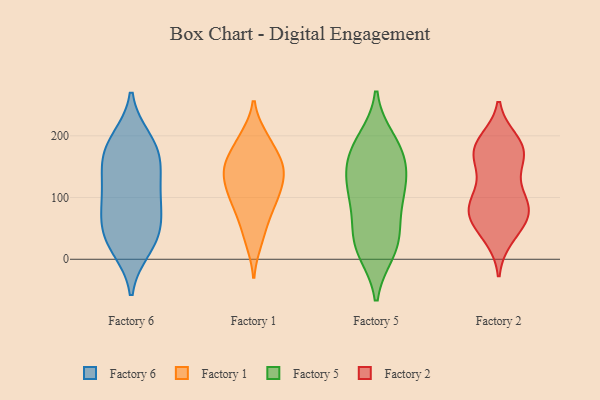
{"axis": {"x": "LTV (USD)", "y": "Value"}, "legend": ["Factory 1", "Factory 2", "Factory 5", "Factory 6"], "data": [{"x": "", "y": 57, "type": "Factory 6"}, {"x": "", "y": 150, "type": "Factory 6"}, {"x": "", "y": 18, "type": "Factory 6"}, {"x": "", "y": 104, "type": "Factory 6"}, {"x": "", "y": 114, "type": "Factory 6"}, {"x": "", "y": 91, "type": "Factory 6"}, {"x": "", "y": 146, "type": "Factory 6"}, {"x": "", "y": 81, "type": "Factory 6"}, {"x": "", "y": 188, "type": "Factory 6"}, {"x": "", "y": 23, "type": "Factory 6"}, {"x": "", "y": 45, "type": "Factory 6"}, {"x": "", "y": 38, "type": "Factory 6"}, {"x": "", "y": 163, "type": "Factory 6"}, {"x": "", "y": 181, "type": "Factory 6"}, {"x": "", "y": 194, "type": "Factory 6"}, {"x": "", "y": 111, "type": "Factory 1"}, {"x": "", "y": 199, "type": "Factory 1"}, {"x": "", "y": 108, "type": "Factory 1"}, {"x": "", "y": 144, "type": "Factory 1"}, {"x": "", "y": 27, "type": "Factory 1"}, {"x": "", "y": 153, "type": "Factory 1"}, {"x": "", "y": 151, "type": "Factory 1"}, {"x": "", "y": 163, "type": "Factory 1"}, {"x": "", "y": 58, "type": "Factory 1"}, {"x": "", "y": 79, "type": "Factory 1"}, {"x": "", "y": 136, "type": "Factory 1"}, {"x": "", "y": 100, "type": "Factory 1"}, {"x": "", "y": 194, "type": "Factory 1"}, {"x": "", "y": 108, "type": "Factory 5"}, {"x": "", "y": 172, "type": "Factory 5"}, {"x": "", "y": 12, "type": "Factory 5"}, {"x": "", "y": 193, "type": "Factory 5"}, {"x": "", "y": 158, "type": "Factory 5"}, {"x": "", "y": 51, "type": "Factory 5"}, {"x": "", "y": 131, "type": "Factory 5"}, {"x": "", "y": 27, "type": "Factory 5"}, {"x": "", "y": 187, "type": "Factory 5"}, {"x": "", "y": 89, "type": "Factory 5"}, {"x": "", "y": 163, "type": "Factory 5"}, {"x": "", "y": 12, "type": "Factory 5"}, {"x": "", "y": 39, "type": "Factory 5"}, {"x": "", "y": 107, "type": "Factory 5"}, {"x": "", "y": 121, "type": "Factory 5"}, {"x": "", "y": 108, "type": "Factory 2"}, {"x": "", "y": 38, "type": "Factory 2"}, {"x": "", "y": 35, "type": "Factory 2"}, {"x": "", "y": 180, "type": "Factory 2"}, {"x": "", "y": 181, "type": "Factory 2"}, {"x": "", "y": 155, "type": "Factory 2"}, {"x": "", "y": 83, "type": "Factory 2"}, {"x": "", "y": 67, "type": "Factory 2"}, {"x": "", "y": 192, "type": "Factory 2"}, {"x": "", "y": 59, "type": "Factory 2"}, {"x": "", "y": 90, "type": "Factory 2"}, {"x": "", "y": 185, "type": "Factory 2"}, {"x": "", "y": 76, "type": "Factory 2"}, {"x": "", "y": 126, "type": "Factory 2"}, {"x": "", "y": 184, "type": "Factory 2"}, {"x": "", "y": 158, "type": "Factory 2"}, {"x": "", "y": 167, "type": "Factory 2"}, {"x": "", "y": 90, "type": "Factory 2"}, {"x": "", "y": 83, "type": "Factory 2"}, {"x": "", "y": 71, "type": "Factory 2"}]}